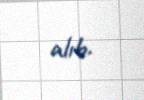
alıb.